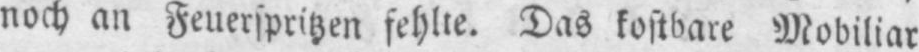
noch an Feuerspritzen fehlte. Das kostbare Mobiliar